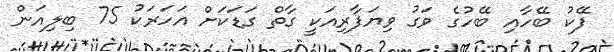
ފޭކު ބޭހާއި ބޭހުގެ ވަގު ވިޔަފާރިއަކީ ގާތް ގަޑަކަށް އަހަރަކު 75 ބިލިއަން